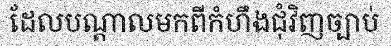
ដែលបណ្តាលមកពីកំហឹងជុំវិញច្បាប់